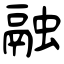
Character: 融